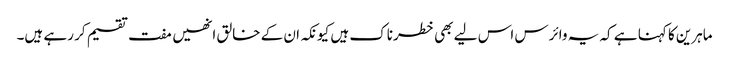
ماہرین کا کہنا ہے کہ یہ وائرس اس لیے بھی خطرناک ہیں کیونکہ ان کے خالق انھیں مفت تقسیم کر رہے ہیں۔